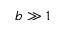
b \gg 1